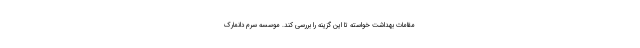
مقامات بهداشت خواسته تا این گزینه را بررسی کند. موسسه سرم دانمارک